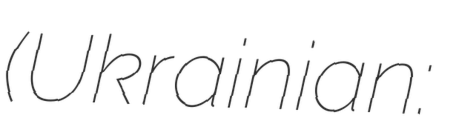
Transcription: (Ukrainian: